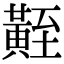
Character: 𪏀